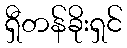
ရှီတန်ခိုးရှင်